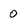
Character: 0